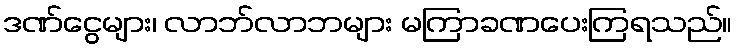
ဒဏ်ငွေများ၊ လာဘ်လာဘများ မကြာခဏပေးကြရသည်။